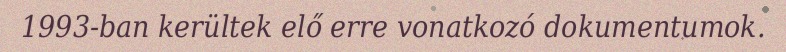
1993-ban kerültek elő erre vonatkozó dokumentumok.